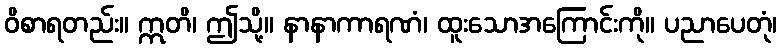
ဝိစာရတည်း။ ဣတိ၊ ဤသို့။ နာနာကာရဏံ၊ ထူးသောအကြောင်းကို။ ပညာပေတုံ၊